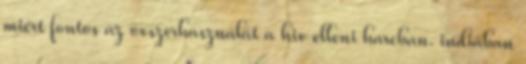
miért fontos az óvszerhasználat a hiv elleni harcban. indiában